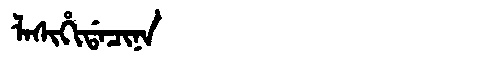
Manchu: ᠯᠠᠰᡳᡥᡳᡩᠠᠴᡳᠨᠠ
Romanization: LASIHIDACINA